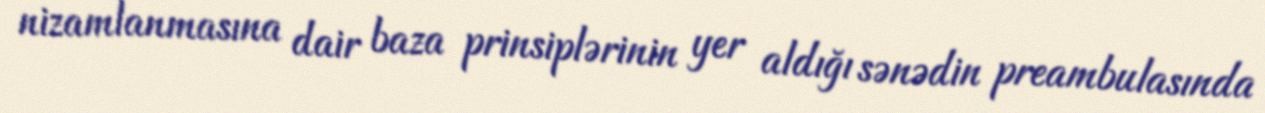
nizamlanmasına dair baza prinsiplərinin yer aldığı sənədin preambulasında